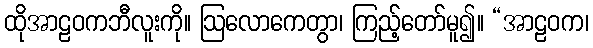
ထိုအာဠဝကဘီလူးကို။ ဩလောကေတွာ၊ ကြည့်တော်မူ၍။ “အာဠဝက၊